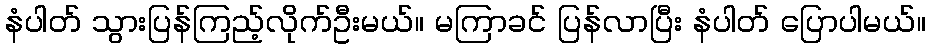
နံပါတ် သွားပြန်ကြည့်လိုက်ဦးမယ်။ မကြာခင် ပြန်လာပြီး နံပါတ် ပြောပါမယ်။